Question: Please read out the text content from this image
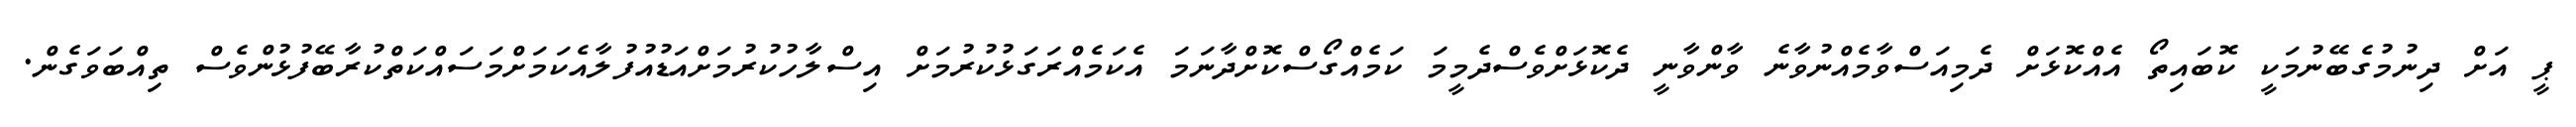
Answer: ޕީ އަށް ދިނުމުގެބޭނުމަކީ ކޮބައިތޯ އެއްކޮޅަށް ދެމިއަސްވާމެއްނުވާނެ ވާންވާނީ ދެކޮޅަށްވެސްދެމީމަ ކަމެއްގޯސްކޮށްދާނަމަ އެކަމެއްރަގަޅުކުރުމަށް އިސްލާހުކުރުމަށްއަޑުއުފުލާއެކަމަށްމަސައްކަތްކުރާބޭފުޅުންވެސް ތިއްބަވަގެން.